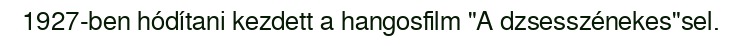
1927-ben hódítani kezdett a hangosfilm "A dzsesszénekes"sel.